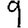
Digit: 9